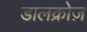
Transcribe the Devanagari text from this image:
डालक्रोज़